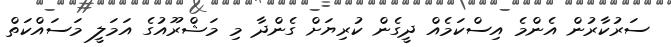
ސަރުކާރުން އެންމެ އިސްކަމެއް ދީގެން ކުރިޔަށް ގެންދާ މި މަޝްރޫއުގެ އަމަލީ މަސައްކަތް